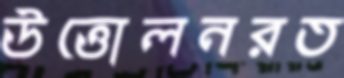
উত্তোলনরত